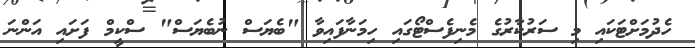
ހެދުމަށްޓަކައި މި ސަރުކާރުގެ މެނިފެސްޓޯގައި ހިމަނާފައިވާ "ބެޔަސް ނުބެޔަސް" ސްކީމް ފަށައި އަންނަ